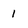
Character: 1